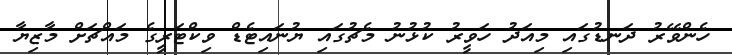
ހެންވޭރު ދަނޑުގައި މިއަދު ހަވީރު ކުޅުނު މެޗުގައި ޔުނައިޓެޑް ވިކްޓަރީގެ މައްޗަށް މާޒިޔާ